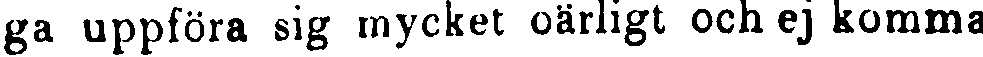
ga uppföra sig mycket oärligt ock ej komma